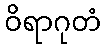
ဝိရာဂုတံ